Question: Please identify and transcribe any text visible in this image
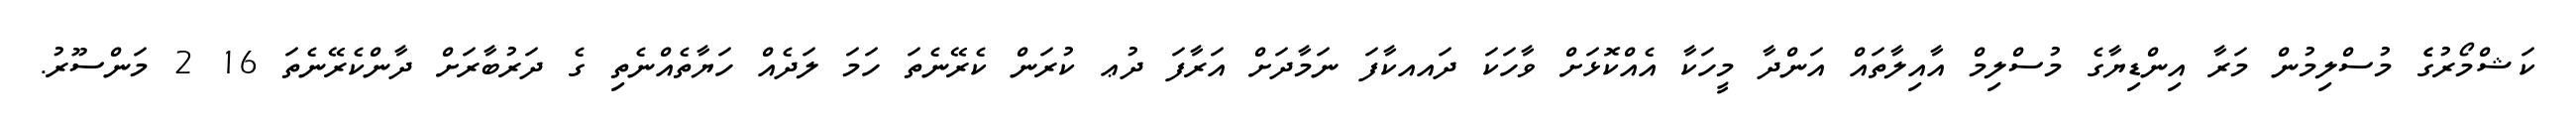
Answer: ކަޝްމޯރުގެެ މުސްލިމުން މަރާ އިންޑިޔާގެ މުސްލިމް އާއިލާތައް އަންދާ މީހަކާ އެއްކޮޅަށް ވާހަކަ ދައއކާފަ ނަމާދަށް އަރާފަ ދުޢ ކުރަން ކެރޭނެތަ ހަމަ ލަދެއް ހަޔާތެއްނެތި ގެ ދަރުބާރަށް ދާންކެރޭނެތަ 16 2 މަންސޫރު.